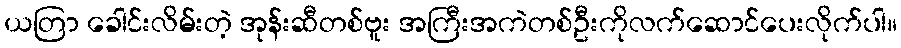
ယတြာ ခေါင်းလိမ်းတဲ့ အုန်းဆီတစ်ဗူး အကြီးအကဲတစ်ဦးကိုလက်ဆောင်ပေးလိုက်ပါ။